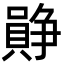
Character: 𪢛